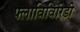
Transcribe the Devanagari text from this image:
फ्लाविविरिडी